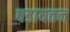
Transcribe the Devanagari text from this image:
षडायतन